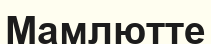
Мамлютте